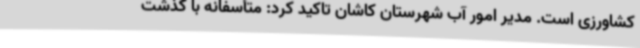
کشاورزی است. مدیر امور آب شهرستان کاشان تاکید کرد: متأسفانه با گذشت